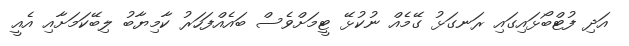
އަދި ފުޓްބޯޅައިގައި ރަނގަޅު ގޭމެއް ނުކުޅޭ ޓީމަށްވެސް ބައެއްފަހަރު ކާމިޔާބު ލިބޭކަމަށާއި އެއީ